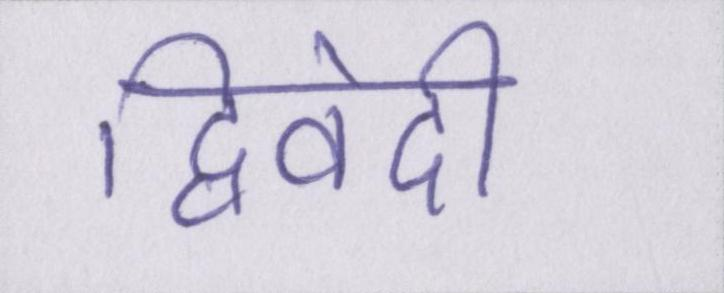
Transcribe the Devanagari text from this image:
द्विवेदी